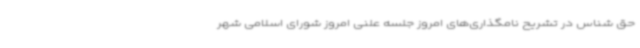
حق شناس در تشریح نامگذاری‌های امروز جلسه علنی امروز شورای اسلامی شهر